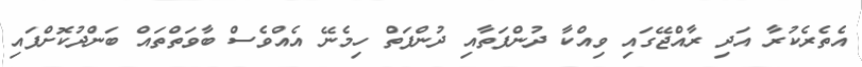
އެތެރެކުރާ އަދި ރާއްޖޭގައި ވިއްކާ ދުންފަތާއި ދުންފަތް ހިމެނޭ އެއްވެސް ބާވަތްތައް ބަންދުކޮށްފައި